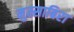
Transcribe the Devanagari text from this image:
मुस्साबिरा